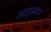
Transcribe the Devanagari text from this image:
आइस्नर